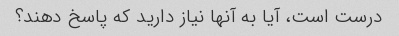
درست است، آیا به آنها نیاز دارید که پاسخ دهند؟